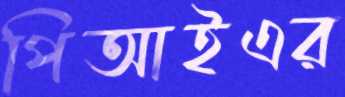
পিআইএর